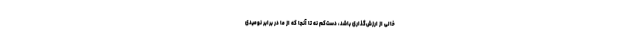
خالی از ارزش‌گذاری باشد، دست‌کم نه تا آنجا که از ما در برابر نومیدی